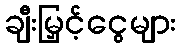
ချီးမြှင့်ငွေများ